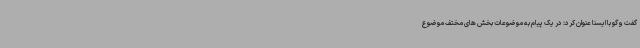
گفت وگو با ایسنا عنوان کرد: در یک پیام به موضوعات بخش های مختف موضوع